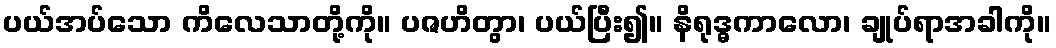
ပယ်အပ်သော ကိလေသာတို့ကို။ ပဇဟိတွာ၊ ပယ်ပြီး၍။ နိရုဒ္ဓကာလော၊ ချုပ်ရာအခါကို။